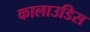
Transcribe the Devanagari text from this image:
कालाउडिस